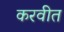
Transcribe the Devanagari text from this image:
करवीत